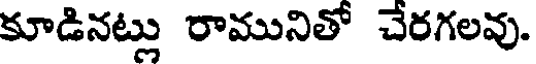
కూడినట్లు రామునితో చేరగలవు.